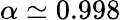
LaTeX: \alpha\simeq 0.998